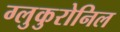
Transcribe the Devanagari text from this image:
ग्लुकुरोनिल